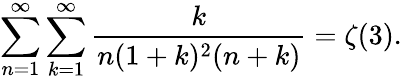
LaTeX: \sum_{n=1}^{\infty}\sum_{k=1}^{\infty}\frac{k}{n(1+k)^{2}(n+k)}=\zeta(3).